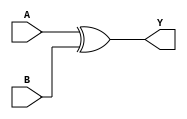
module xor_gate (
  input wire A,
  input wire B,
  output wire Y
);

  assign Y = A ^ B;

endmodule